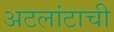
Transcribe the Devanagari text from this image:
अटलांटाची